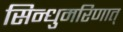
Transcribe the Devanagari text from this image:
सिन्धुमरिणात्